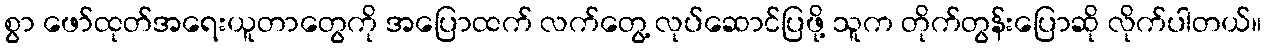
စွာ ဖော်ထုတ်အရေးယူတာတွေကို အပြောထက် လက်တွေ့ လုပ်ဆောင်ပြဖို့ သူက တိုက်တွန်းပြောဆို လိုက်ပါတယ်။